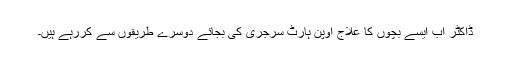
ڈاکٹر اب ایسے بچوں کا علاج اوپن ہارٹ سرجری کی بجائے دوسرے طریقوں سے کررہے ہیں۔